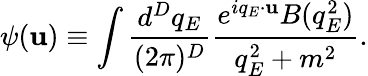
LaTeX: \psi(\mathbf{u})\equiv\int\frac{{d^{D}q_{E}}}{{(2\pi)^{D}}}\frac{{e^{iq_{E}\cdot\mathbf{u}}B(q_{E}^{2})}}{{q_{E}^{2}+m^{2}}}.